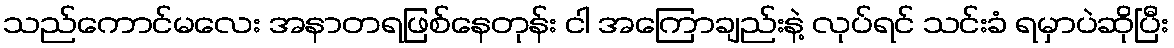
သည်ကောင်မလေး အနာတရဖြစ်နေတုန်း ငါ အကြောချည်းနဲ့ လုပ်ရင် သင်းခံ ရမှာပဲဆိုပြီး